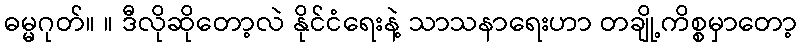
ဓမ္မဂုတ်။ ။ ဒီလိုဆိုတော့လဲ နိုင်ငံရေးနဲ့ သာသနာရေးဟာ တချို့ကိစ္စမှာတော့